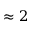
\approx 2